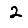
Digit: 2